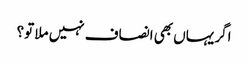
اگر یہاں بھی انصاف نہیں ملا تو؟